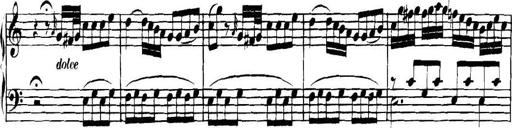
Title: Collected Piano Sonatas
Composer: Muzio Clementi